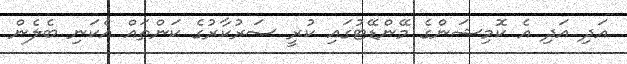
އަދި އަދި އެ ކޮމިޝަންގެ މޭންޑޭޓުގައި ކުރީ ސަރުކާރުގެ ކަންތައް އެކަނި ބެލެން